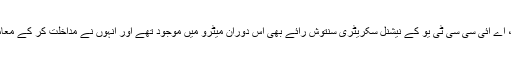
کویتا کے مطابق، اے آئی سی سی ٹی یو کے نیشنل سکریٹری سنتوش رائے بھی اس دوران میٹرو میں موجود تھے اور انہوں نے مداخلت کر کے معاملے کو ٹھنڈا کیا۔